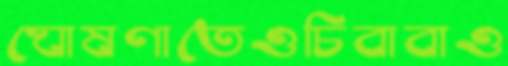
ঘোষণাতেওচিবাবাও